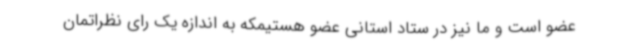
عضو است و ما نیز در ستاد استانی عضو هستیمکه به اندازه یک رای نظراتمان